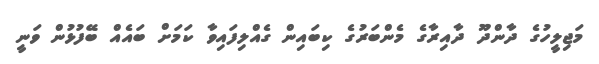
މަޖިލީހުގެ ދާންދޫ ދާއިރާގެ މެންބަރުގެ ކިބައިން ގެއްލިފައިވާ ކަމަށް ބައެއް ބޭފުޅުން ވަނީ